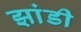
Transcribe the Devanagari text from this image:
झांडी